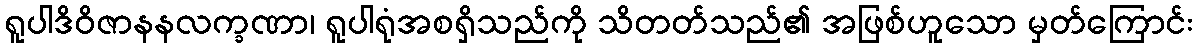
ရူပါဒိဝိဇာနနလက္ခဏာ၊ ရူပါရုံအစရှိသည်ကို သိတတ်သည်၏ အဖြစ်ဟူသော မှတ်ကြောင်း